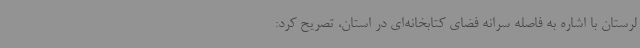
لرستان با اشاره به فاصله سرانه فضای کتابخانه‌ای در استان، تصریح کرد: